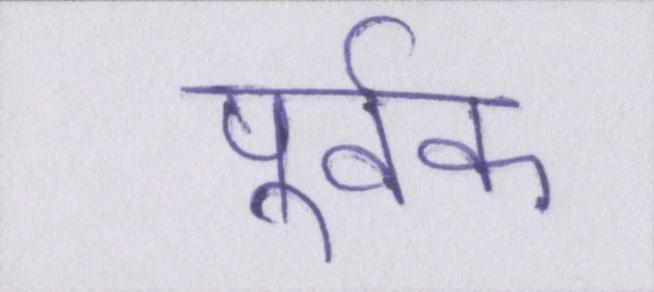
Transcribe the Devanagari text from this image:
पूर्वक